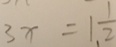
3 x = 1 \frac { 1 } { 2 }